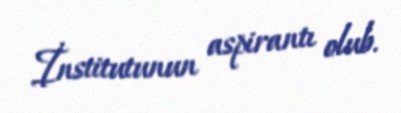
İnstitutunun aspirantı olub.